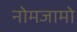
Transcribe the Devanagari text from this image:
नोमजामो